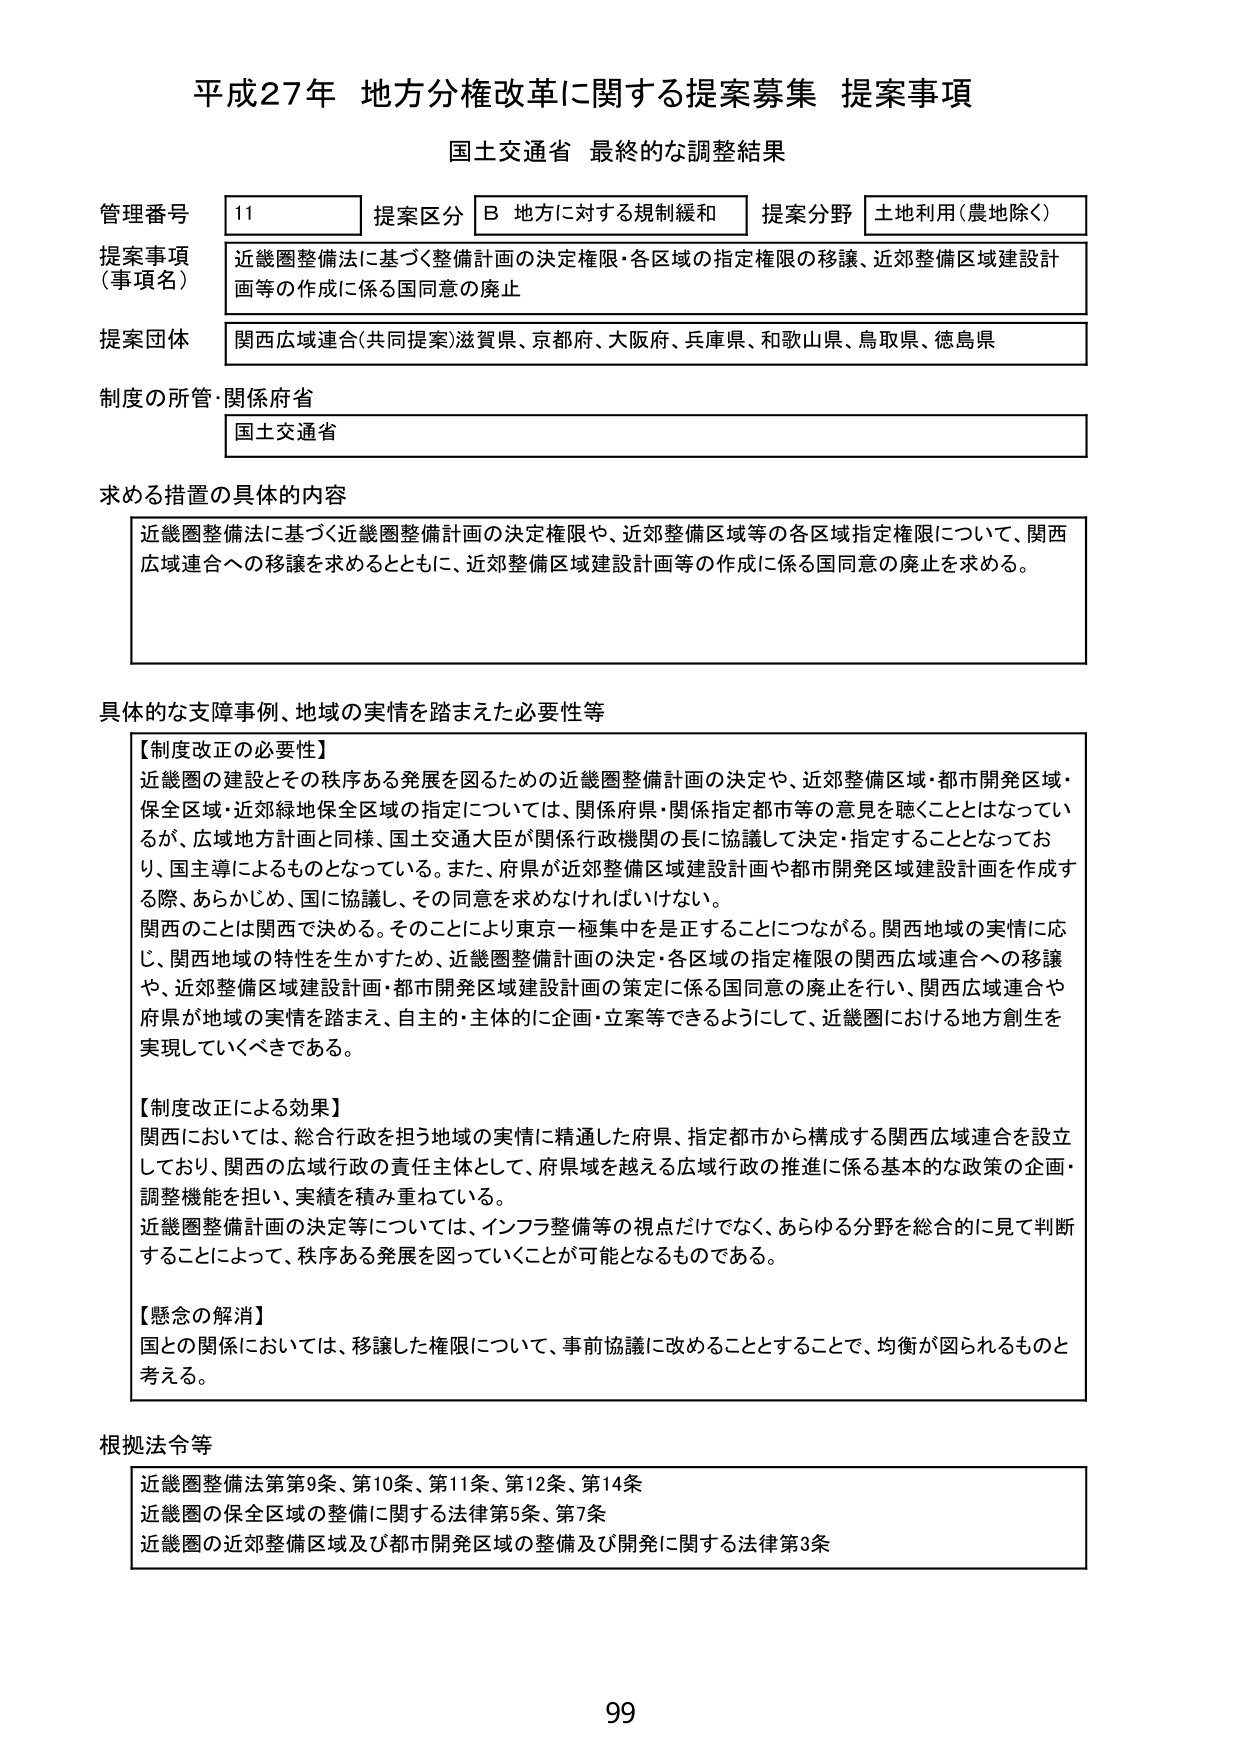
平成27年 地方分権改革に関する提案募集 提案事項
国土交通省 最終的な調整結果

管理番号 11 提案区分 B 地方に対する規制緩和 提案分野 土地利用（農地除く）
提案事項（事項名） 近畿圏整備法に基づく整備計画の決定権限・各区域の指定権限の移譲、近郊整備区域建設計画等の作成に係る国同意の廃止
提案団体 関西広域連合（共同提案）滋賀県、京都府、大阪府、兵庫県、和歌山県、鳥取県、徳島県
制度の所管・関係府省 国土交通省

求める措置の具体的内容
近畿圏整備法に基づく近畿圏整備計画の決定権限や、近郊整備区域等の各区域指定権限について、関西広域連合への移譲を求めるとともに、近郊整備区域建設計画等の作成に係る国同意の廃止を求める。

具体的な支障事例、地域の実情を踏まえた必要性等
【制度改正の必要性】
近畿圏の建設とその秩序ある発展を図るための近畿圏整備計画の決定や、近郊整備区域・都市開発区域・保全区域・近郊緑地保全区域の指定については、関係府県・関係指定都市等の意見を聴くこととはなっているが、広域地方計画と同様、国土交通大臣が関係行政機関の長に協議して決定・指定することとなっており、国主導によるものとなっている。また、府県が近郊整備区域建設計画や都市開発区域建設計画を作成する際、あらかじめ、国に協議し、その同意を求めなければならない。
関西のことは関西で決める。そのことにより東京一極集中を是正することにつながる。関西地域の実情に応じ、関西地域の特性を生かすため、近畿圏整備計画の決定・各区域の指定権限の関西広域連合への移譲や、近郊整備区域建設計画・都市開発区域建設計画の策定に係る国同意の廃止を行い、関西広域連合や府県が地域の実情を踏まえ、自主的・主体的に企画・立案等できるようにして、近畿圏における地方創生を実現していくべきである。

【制度改正による効果】
関西においては、総合行政を担う地域の実情に精通した府県、指定都市から構成する関西広域連合を設立しており、関西の広域行政の責任主体として、府県域を越える広域行政の推進に係る基本的な政策の企画・調整機能を担い、実績を積み重ねている。
近畿圏整備計画の決定等については、インフラ整備等の視点だけでなく、あらゆる分野を総合的に見て判断することによって、秩序ある発展を図っていくことが可能となるものである。

【懸念の解消】
国との関係においては、移譲した権限について、事前協議に改めることとすることで、均衡が図られるものと考える。

根拠法令等
近畿圏整備法第9条、第10条、第11条、第12条、第14条
近畿圏の保全区域の整備に関する法律第5条、第7条
近畿圏の近郊整備区域及び都市開発区域の整備及び開発に関する法律第3条

99